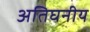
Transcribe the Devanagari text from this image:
अतिघनीय